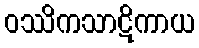
ဝဿိကသာဋိကာယ